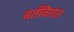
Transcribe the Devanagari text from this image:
वर्तवितात